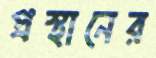
প্রস্থানের